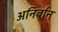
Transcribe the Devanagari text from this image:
अनिर्बान